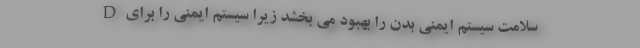
D سلامت سیستم ایمنی بدن را بهبود می بخشد زیرا سیستم ایمنی را برای